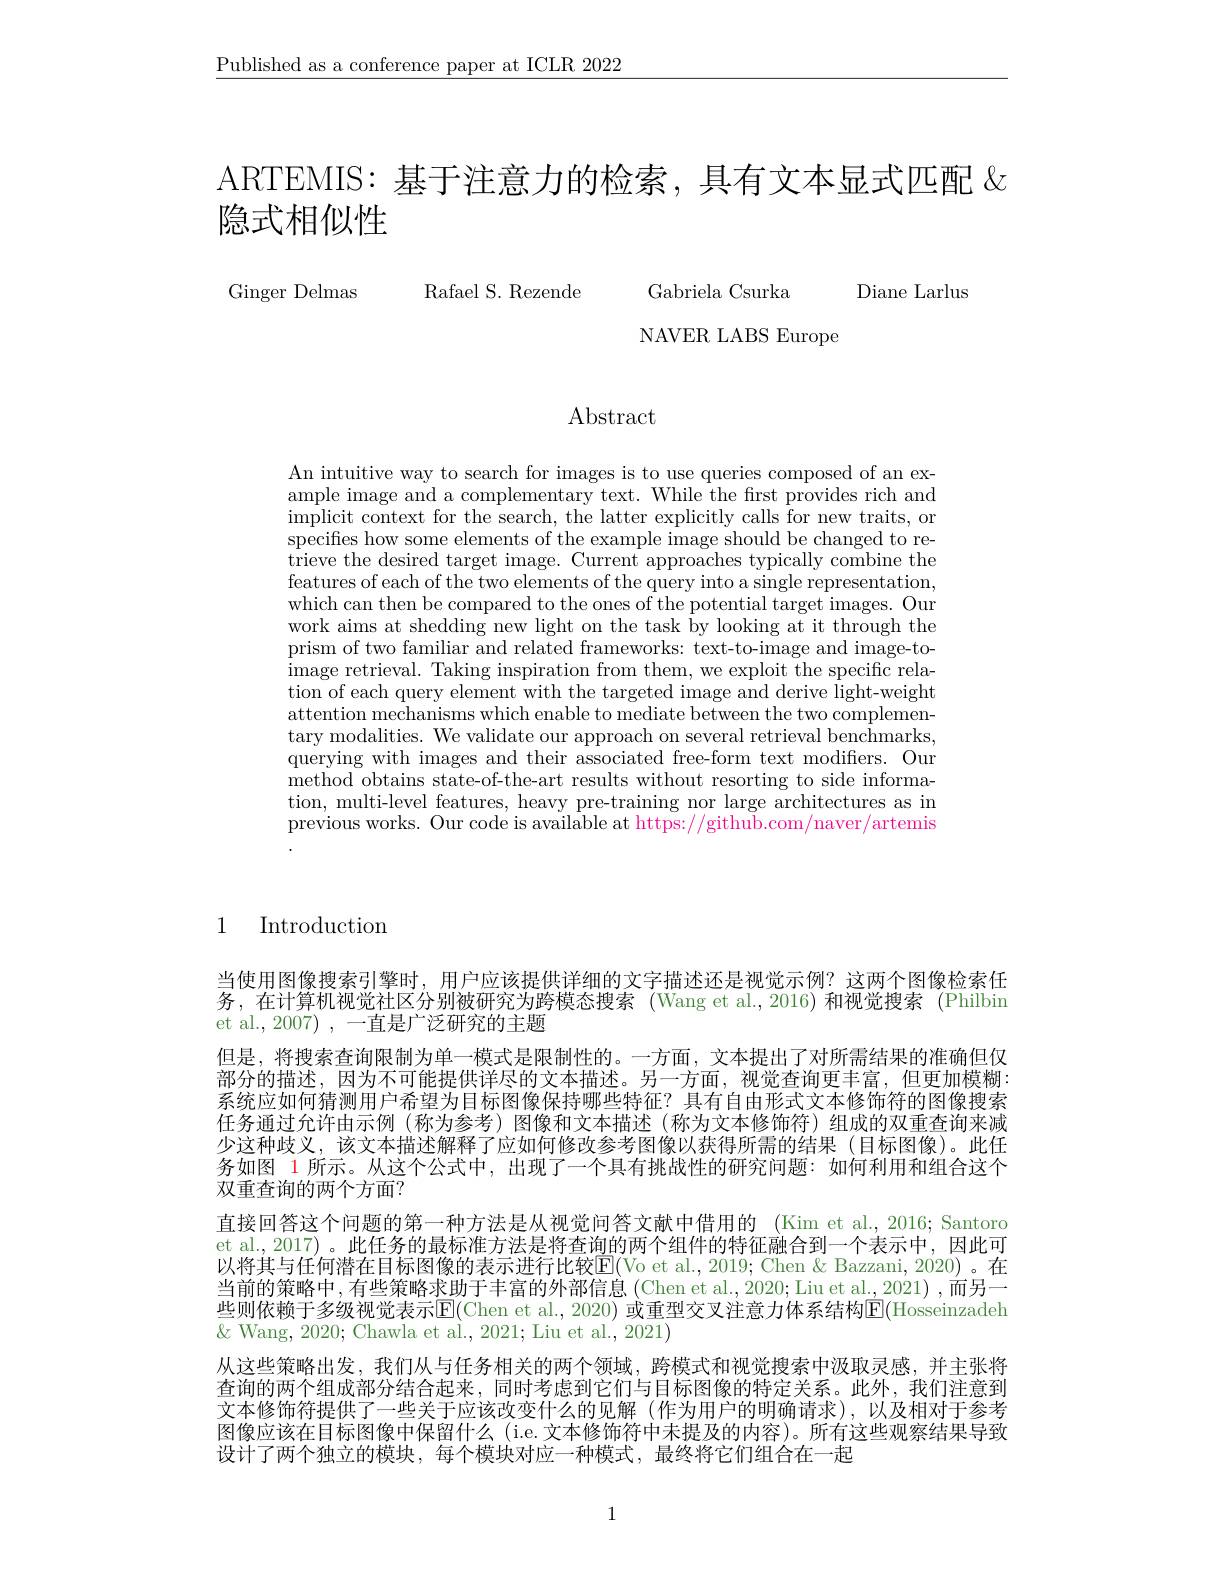
$\underline{\text{Published as a conference paper at ICLR 2022}}$

ARTEMIS: 基于注意力的检索，具有文本显式匹配&
# 隐式相似性

Rafael S. Rezende

Diane Larlus

Ginger Delmas

Gabriela Csurka
NAVER LABS Europe

Abstract

An intuitive way to search for images is to use queries composed of an example image and a complementary text. While the first provides rich and implicit context for the search, the latter explicitly calls for new traits, or specifies how some elements of the example image should be changed to retrieve the desired target image. Current approaches typically combine the features of each of the two elements of the query into a single representation, which can then be compared to the ones of the potential target images. Our work aims at shedding new light on the task by looking at it through the prism of two familiar and related frameworks: text-to-image and image-toimage retrieval. Taking inspiration from them, we exploit the specific relation of each query element with the targeted image and derive light-weight attention mechanisms which enable to mediate between the two complementary modalities. We validate our approach on several retrieval benchmarks, querying with images and their associated free-form text modifiers. Our method obtains state-of-the-art results without resorting to side information, multi-level features, heavy pre-training nor large architectures as in previous works. Our code is available at https://github.com/naver/artemis

1

$\operatorname{Introduction}$

当使用图像搜索引擎时，用户应该提供详细的文字描述还是视觉示例？这两个图像检索任务，在计算机视觉社区分别被研究为跨模态搜索 (Wang et al.,2016)和视觉搜索 (Philbin et al., 2007) , 一直是广泛研究的主题
但是，将搜索查询限制为单一模式是限制性的。一方面，文本提出了对所需结果的准确但仅部分的描述，因为不可能提供详尽的文本描述。另一方面，视觉查询更丰富，但更加模糊： 系统应如何猜测用户希望为目标图像保持哪些特征？具有自由形式文本修饰符的图像搜索任务通过允许由示例 (称为参考)图像和文本描述 (称为文本修饰符)组成的双重查询来减少这种歧义，该文本描述解释了应如何修改参考图像以获得所需的结果(目标图像)。此任务如图 1 所示。从这个公式中，出现了一个具有挑战性的研究问题：如何利用和组合这个双重查询的两个方面？
直接回答这个问题的第一种方法是从视觉问答文献中借用的 (Kim et al.,2016; Santoro et al., 2017) 。此任务的最标准方法是将查询的两个组件的特征融合到一个表示中，因此可以将其与任何潜在目标图像的表示进行比较$\overline{\mathrm{E}}($Vo et al.,2019; Chen & Bazzani, 2020)。在当前的策略中，有些策略求助于丰富的外部信息 (Chen et al.,2020; Liu et al.,2021) ,而另一$\&$ Wang, 2020; Chawla et al., 2021; Liu et al., 2021)
从这些策略出发，我们从与任务相关的两个领域，跨模式和视觉搜索中汲取灵感，并主张将查询的两个组成部分结合起来，同时考虑到它们与目标图像的特定关系。此外，我们注意到文本修饰符提供了一些关于应该改变什么的见解(作为用户的明确请求),以及相对于参考图像应该在目标图像中保留什么 (i.e. 文本修饰符中未提及的内容)。所有这些观察结果导致设计了两个独立的模块，每个模块对应一种模式，最终将它们组合在一起

1